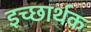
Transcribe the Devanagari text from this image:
इच्छार्थक